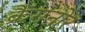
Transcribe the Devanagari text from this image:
क्रैंगनोर